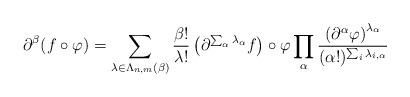
LaTeX: \begin{align*} \partial^\beta (f\circ \varphi) = \sum_{\lambda \in \Lambda_{n,m}(\beta)} \frac{\beta !}{\lambda !} \left(\partial ^{\sum_{\alpha}\lambda_\alpha} f\right)\circ \varphi \prod_{\alpha}\frac{\left(\partial^\alpha \varphi\right)^{\lambda_\alpha}}{(\alpha!)^{\sum_i \lambda_{i,\alpha}}} \end{align*}